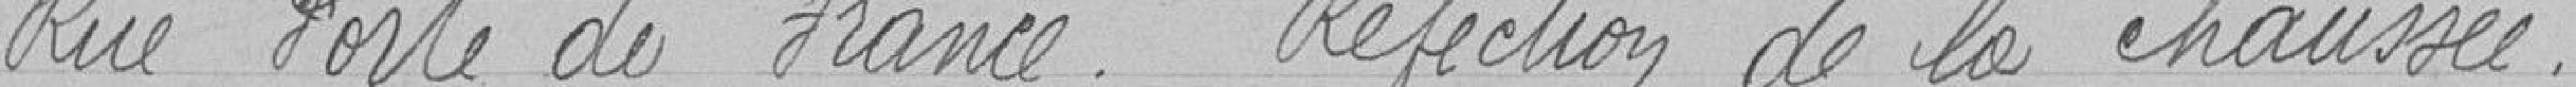
Rue de la Porte de France. Refection de la chaussée.